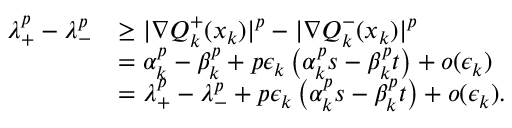
\begin{array} { r l } { \lambda _ { + } ^ { p } - \lambda _ { - } ^ { p } } & { \geq | \nabla Q _ { k } ^ { + } ( x _ { k } ) | ^ { p } - | \nabla Q _ { k } ^ { - } ( x _ { k } ) | ^ { p } } \\ & { = \alpha _ { k } ^ { p } - \beta _ { k } ^ { p } + p \epsilon _ { k } \left( \alpha _ { k } ^ { p } s - \beta _ { k } ^ { p } t \right) + o ( \epsilon _ { k } ) } \\ & { = \lambda _ { + } ^ { p } - \lambda _ { - } ^ { p } + p \epsilon _ { k } \left( \alpha _ { k } ^ { p } s - \beta _ { k } ^ { p } t \right) + o ( \epsilon _ { k } ) . } \end{array}